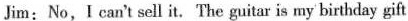
Jim:No,Ican't sell it.The guitar is my birthday gift